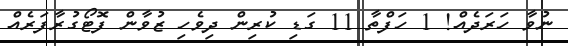
ނުވާ ހަރަދެއް! 1 ހަފްތާ 11 ގަޑި ކުރިން ދިވެހި ޒުވާން ފޮޓޯގުރާފަރެއް